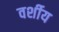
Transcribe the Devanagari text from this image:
वर्शीय